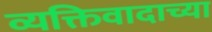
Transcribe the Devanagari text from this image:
व्यक्तिवादाच्या